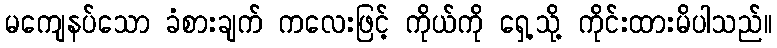
မကျေနပ်သော ခံစားချက် ကလေးဖြင့် ကိုယ်ကို ရှေ့သို့ ကိုင်းထားမိပါသည်။